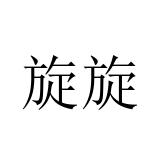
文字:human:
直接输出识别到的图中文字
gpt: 旋旋